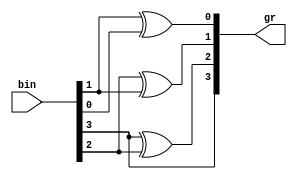
module bintogray(
input [3:0]bin,
output reg [3:0]gr);

always @(bin)
begin
gr[3]=bin[3];
gr[2]=bin[3]^bin[2];
gr[1]=bin[2]^bin[1];
gr[0]=bin[1]^bin[0];
end
endmodule 


/*
----------------------or--------------
#at structure lavel(gate level)
module bintogray(
input [3:0]bin;
output [3:0]gr);
buf g3(gr[3],bin[3]);
xor g2(gr[2],bin[3],bin[2]);
xor g2(gr[1],bin[2],bin[1]);
xor g2(gr[0],bin[1],bin[0]);
endmodule
----------------or--------------
#using data flow
module bintogray(
input [3:0]bin;
output [3:0]gr);

assign gr[3]=bin[3];
assign gr[2]=bin[3]^bin[2];
assign gr[1]=bin[2]^bin[1];
assign gr[0]=bin[1]^bin[0];

endmodule

              */